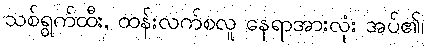
သစ်ရွက်ထီး, ထန်းလက်စလူ နေရာအားလုံး အပ်၏၊